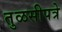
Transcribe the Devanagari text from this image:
तुळसीपत्रे